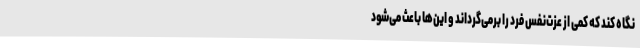
نگاه کند که کمی از عزت‌نفس فرد را برمی‌گرداند و این‌ها باعث می‌شود